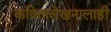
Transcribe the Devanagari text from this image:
कवितालेखनालाही